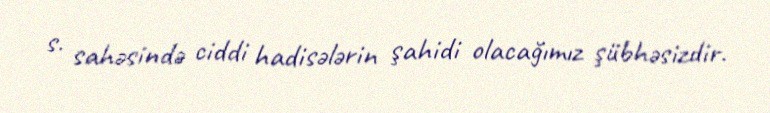
s. sahəsində ciddi hadisələrin şahidi olacağımız şübhəsizdir.